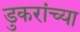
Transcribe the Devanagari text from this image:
डुकरांच्या